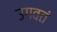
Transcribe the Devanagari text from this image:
उगवतं